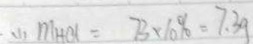
( 1 ) m _ { ( 4 a ) } = 7 3 \times 1 0 \% = 7 . 3 9